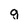
Character: q